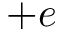
+ e